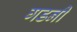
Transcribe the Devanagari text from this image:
गडनी